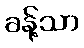
ခန့်သာ